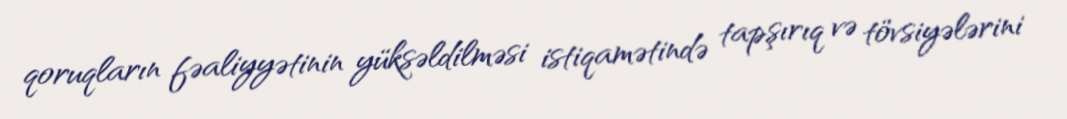
qoruqların fəaliyyətinin yüksəldilməsi istiqamətində tapşırıq və tövsiyələrini